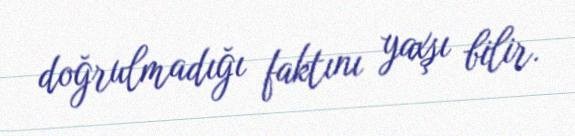
doğrulmadığı faktını yaxşı bilir.